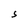
Character: S